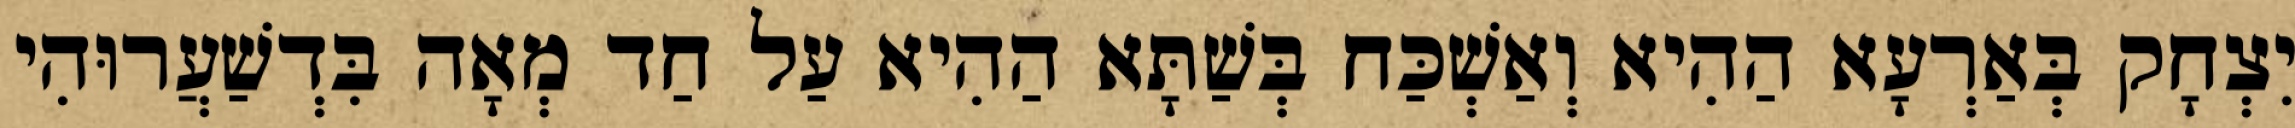
יִצְחָק בְּאַרְעָא הַהִיא וְאַשְׁכַּח בְּשַׁתָּא הַהִיא עַל חַד מְאָה בִּדְשַׁעֲרוּהִי